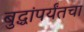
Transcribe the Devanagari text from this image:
बुद्धांपर्यंतचा